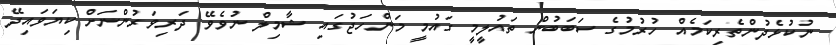
ނުކުޅެދުންތެރިކަމެއް ހުރުމުގެ ސަބަބުން ތައުލީމީ ގައުމީ މަންހަޖުގައި ޝާމިލް ނުވެވޭ ދަރިވަރުންނަށް ކިޔަވައިދޭ